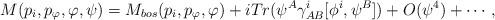
LaTeX: \begin{align*}M(p_i,p_{\varphi},\varphi,\psi)=M_{bos}(p_i,p_{\varphi},\varphi)+iTr(\psi^A\gamma^i_{AB}[\phi^i,\psi^B])+O(\psi^4)+\cdots \,,\end{align*}